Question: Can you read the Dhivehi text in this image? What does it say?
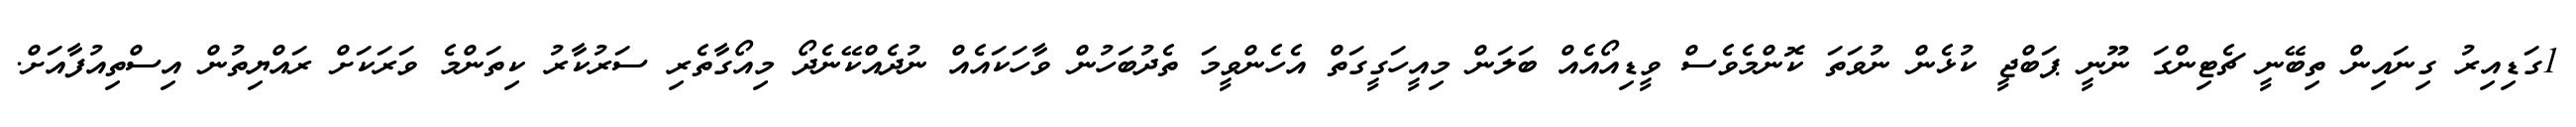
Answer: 1ގަޑިއިރު ގިނައިން ތިބޭނީ ޗެޓިންގަ ނޫނީ ޕަބްޖީ ކުޅެން ނުވަތަ ކޮންމެވެސް ވީޑިއޯއެއް ބަލަން މިއީހަގީގަތް އެހެންވީމަ ތެދުބަހުން ވާހަކައެއް ނުދެއްކޭނެދޯ މިއޯގާތެރި ސަރުކާރު ކިތަންމެ ވަރަކަށް ރައްޔިތުން އިސްތިއުފާއަށް.